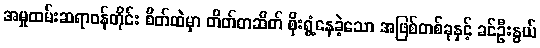
အမှုထမ်းဆရာဝန်တိုင်း စိတ်ထဲမှာ တိတ်တဆိတ် စိုးရွံ့နေခဲ့သော အဖြစ်တစ်ခုနှင့် ခင်ဦးနွယ်